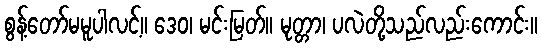
စွန့်တော်မမူပါလင့်။ ဒေဝ၊ မင်းမြတ်။ မုတ္တာ၊ ပလဲတို့သည်လည်းကောင်း။